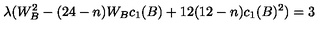
\lambda ( W _ { B } ^ { 2 } - ( 2 4 - n ) W _ { B } c _ { 1 } ( B ) + 1 2 ( 1 2 - n ) c _ { 1 } ( B ) ^ { 2 } ) = 3